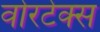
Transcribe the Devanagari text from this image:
वोरटेक्स